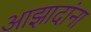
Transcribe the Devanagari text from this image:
आझादांना